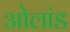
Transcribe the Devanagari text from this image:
ओलांड